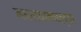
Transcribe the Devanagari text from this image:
मधल्यामधल्या